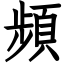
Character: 頻